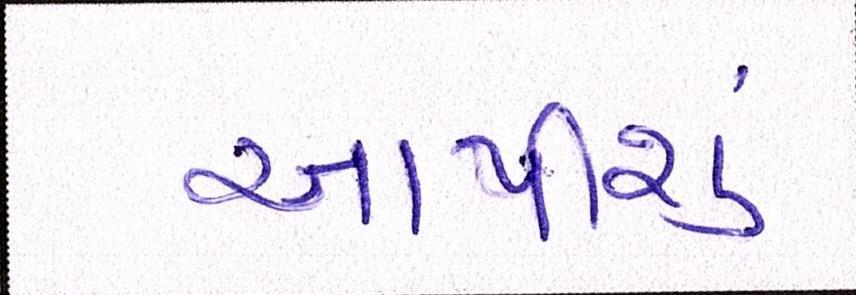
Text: આપીશું